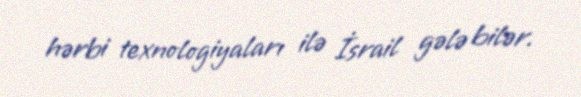
hərbi texnologiyaları ilə İsrail gələ bilər.